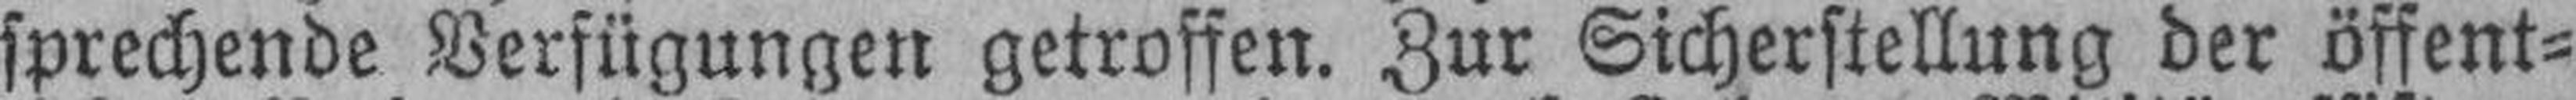
sprechende Verfügungen getroffen. Zur Sicherstellung der öffent¬